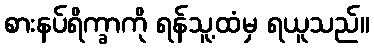
စားနပ်ရိက္ခာကို ရန်သူ့ထံမှ ရယူသည်။